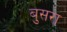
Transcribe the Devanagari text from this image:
बुसरा